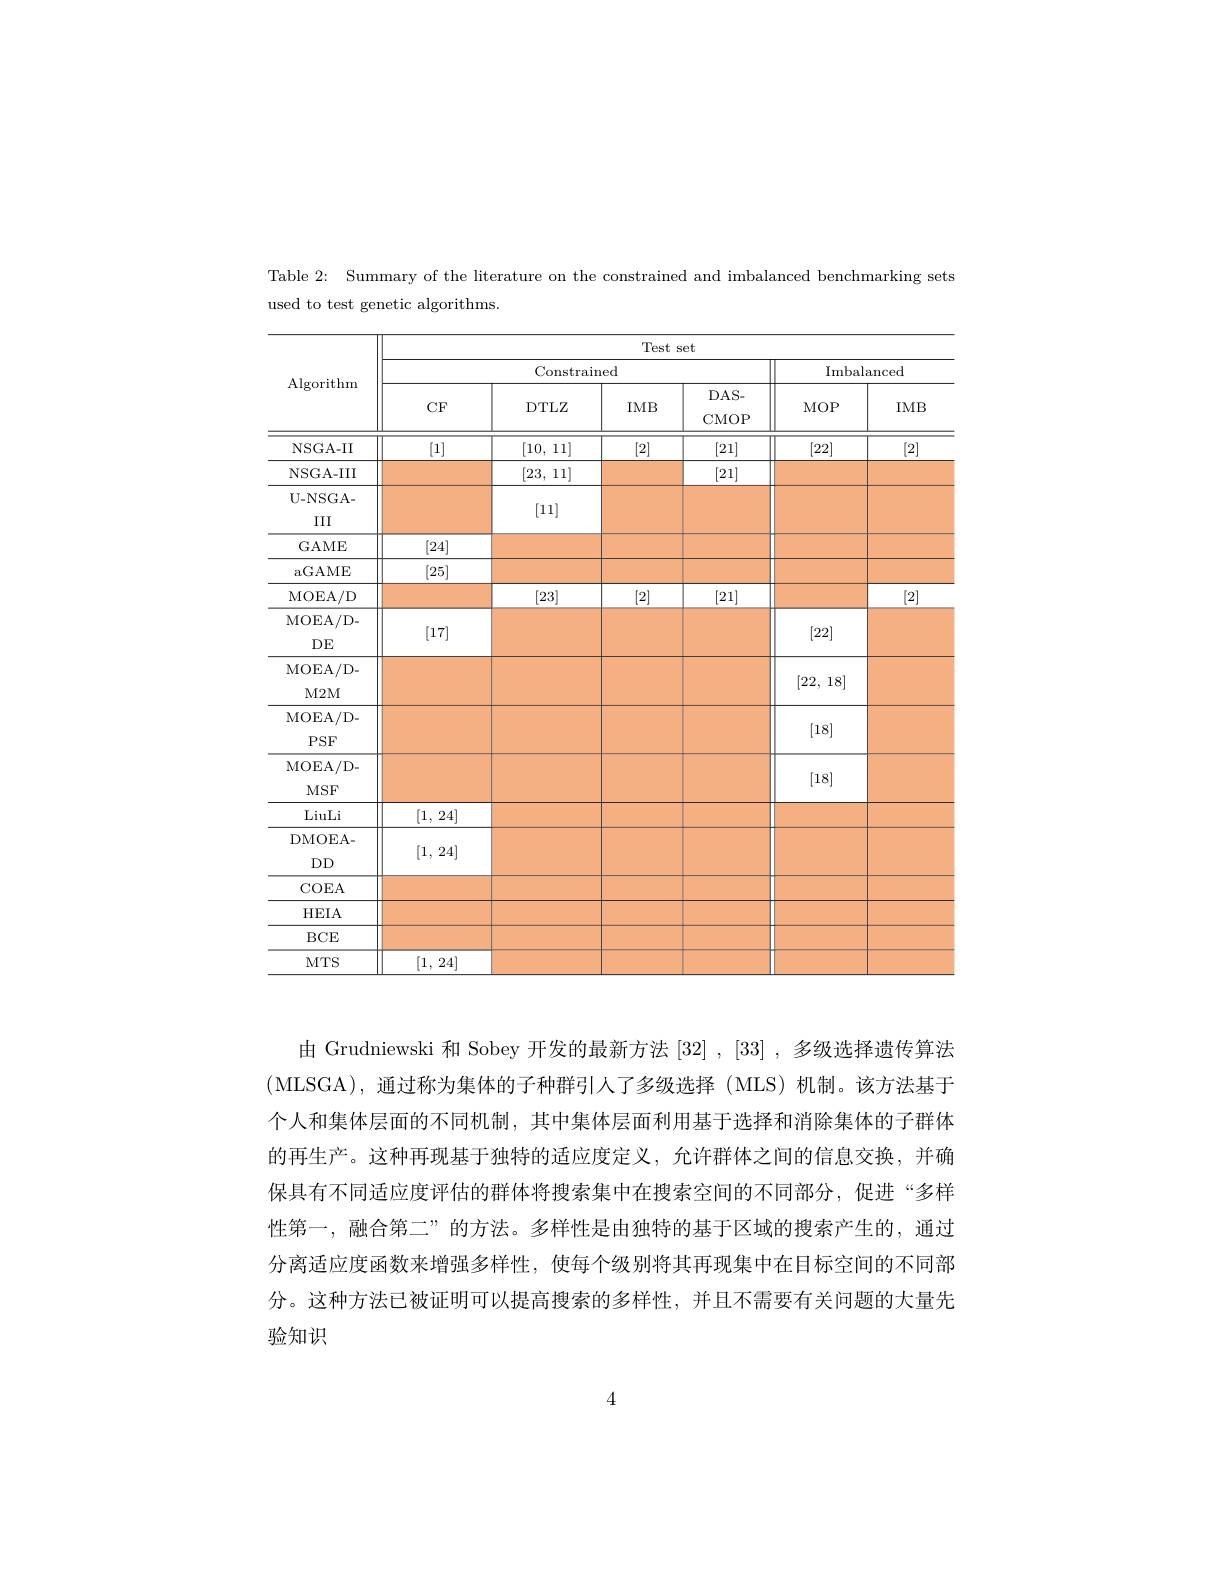
Table 2: Summary of the literature on the constrained and imbalanced benchmarking sets
used to test genetic algorithms.

<table>
	<tbody>
		<tr>
			<th rowspan="3">Algorithm</th>
			<th colspan="6">Test set</th>
		</tr>
		<tr>
			<th colspan="4">Constrained</th>
			<th colspan="2">Imbalanced</th>
		</tr>
		<tr>
			<th>$CF$</th>
			<th>DTLZ</th>
			<th>IMB</th>
			<th>$DAS-$ CMOP</th>
			<th>$MOP$</th>
			<th>IME</th>
		</tr>
		<tr>
			<td>NSGA-II</td>
			<td>[1]</td>
			<td>[10,11]</td>
			<td>[2]</td>
			<td>[21]</td>
			<td>[22]</td>
			<td>[2]</td>
		</tr>
		<tr>
			<td>NSGA-III</td>
			<td> </td>
			<td>[23, 11]</td>
			<td> </td>
			<td>[21]</td>
			<td> </td>
			<td> </td>
		</tr>
		<tr>
			<td>U- NSGA- </td>
			<td> </td>
			<td>[111]</td>
			<td> </td>
			<td> </td>
			<td> </td>
			<td> </td>
		</tr>
		<tr>
			<td>III</td>
			<td> </td>
			<td>$\left\lfloor11\right\rfloor$</td>
			<td> </td>
			<td> </td>
			<td> </td>
			<td> </td>
		</tr>
		<tr>
			<td>GAME</td>
			<td>[24]</td>
			<td> </td>
			<td> </td>
			<td> </td>
			<td> </td>
			<td> </td>
		</tr>
		<tr>
			<td>aGAME</td>
			<td>[25]</td>
			<td> </td>
			<td> </td>
			<td> </td>
			<td> </td>
			<td> </td>
		</tr>
		<tr>
			<td>MOEA/ D</td>
			<td> </td>
			<td>[23]</td>
			<td>[2]</td>
			<td>[21]</td>
			<td> </td>
			<td>[2]</td>
		</tr>
		<tr>
			<td>MOEA/ D- </td>
			<td>17</td>
			<td> </td>
			<td> </td>
			<td> </td>
			<td>[99]</td>
			<td> </td>
		</tr>
		<tr>
			<td>$DE$</td>
			<td>$\left[11\right]$</td>
			<td> </td>
			<td> </td>
			<td> </td>
			<td>$\left|{\mathcal L}{\mathcal L}\right|$</td>
			<td> </td>
		</tr>
		<tr>
			<td>MOEA/ D- </td>
			<td> </td>
			<td> </td>
			<td> </td>
			<td> </td>
			<td>TE n</td>
			<td> </td>
		</tr>
		<tr>
			<td>$M2M$</td>
			<td> </td>
			<td> </td>
			<td> </td>
			<td> </td>
			<td>$LL,10$</td>
			<td> </td>
		</tr>
		<tr>
			<td>MOEA/ D- </td>
			<td> </td>
			<td> </td>
			<td> </td>
			<td> </td>
			<td>[19]</td>
			<td> </td>
		</tr>
		<tr>
			<td>$PSF$</td>
			<td> </td>
			<td> </td>
			<td> </td>
			<td> </td>
			<td>[10]</td>
			<td> </td>
		</tr>
		<tr>
			<td>MOEA/ D- </td>
			<td> </td>
			<td> </td>
			<td> </td>
			<td> </td>
			<td>1101</td>
			<td> </td>
		</tr>
		<tr>
			<td>$MSF$</td>
			<td> </td>
			<td> </td>
			<td> </td>
			<td> </td>
			<td>$\lfloor10\rfloor$</td>
			<td> </td>
		</tr>
		<tr>
			<td>LiuLi</td>
			<td>[1, 24]</td>
			<td> </td>
			<td> </td>
			<td> </td>
			<td> </td>
			<td> </td>
		</tr>
		<tr>
			<td>DMOEA- </td>
			<td> </td>
			<td> </td>
			<td> </td>
			<td> </td>
			<td> </td>
			<td> </td>
		</tr>
		<tr>
			<td>$DD$</td>
			<td>$\left|{\mathbf{I}},{\mathbf{L}}^{4}\right|$</td>
			<td> </td>
			<td> </td>
			<td> </td>
			<td> </td>
			<td> </td>
		</tr>
		<tr>
			<td>COEA</td>
			<td> </td>
			<td> </td>
			<td> </td>
			<td> </td>
			<td> </td>
			<td> </td>
		</tr>
		<tr>
			<td>HEIA</td>
			<td> </td>
			<td> </td>
			<td> </td>
			<td> </td>
			<td> </td>
			<td> </td>
		</tr>
		<tr>
			<td>$BCE$</td>
			<td> </td>
			<td> </td>
			<td> </td>
			<td> </td>
			<td> </td>
			<td> </td>
		</tr>
		<tr>
			<td>$MTS$</td>
			<td>[1, 24 $\frac{1}{2}=\frac{1}{2}$</td>
			<td> </td>
			<td> </td>
			<td> </td>
			<td> </td>
			<td> </td>
		</tr>
	</tbody>
</table>

由 Grudniewski 和 Sobey 开发的最新方法[32],[33] ,多级选择遗传算法(MLSGA),通过称为集体的子种群引人了多级选择(MLS)机制。该方法基于个人和集体层面的不同机制，其中集体层面利用基于选择和消除集体的子群体的再生产。这种再现基于独特的适应度定义，允许群体之间的信息交换，并确保具有不同适应度评估的群体将搜索集中在搜索空间的不同部分，促进“多样性第一，融合第二”的方法。多样性是由独特的基于区域的搜索产生的，通过分离适应度函数来增强多样性，使每个级别将其再现集中在目标空间的不同部分。这种方法已被证明可以提高搜索的多样性，并且不需要有关问题的大量先验知识

4